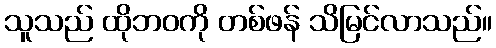
သူသည် ထိုဘဝကို တစ်ဖန် သိမြင်လာသည်။